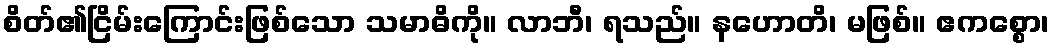
စိတ်၏ငြိမ်းကြောင်းဖြစ်သော သမာဓိကို။ လာဘီ၊ ရသည်။ နဟောတိ၊ မဖြစ်။ ဧကစ္စော၊